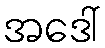
အဒေါ်